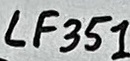
Text: LF351